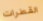
القطرات